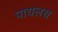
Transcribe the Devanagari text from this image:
पायलस